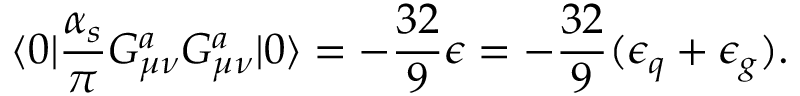
\langle { 0 } | { \frac { \alpha _ { s } } { \pi } } G _ { \mu \nu } ^ { a } G _ { \mu \nu } ^ { a } | { 0 } \rangle = - { \frac { 3 2 } { 9 } } \epsilon = - { \frac { 3 2 } { 9 } } ( \epsilon _ { q } + \epsilon _ { g } ) .